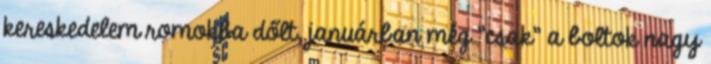
kereskedelem romokba dőlt, januárban még "csak" a boltok nagy